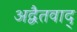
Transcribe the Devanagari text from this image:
अद्वैतवाद्